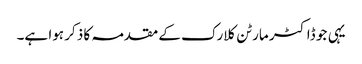
یہی جو ڈاکٹر مارٹن کلارک کے مقدمہ کا ذکر ہوا ہے۔